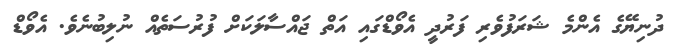
ދުނިޔޭގެ އެންމެ ޝަރަފުވެރި ފަރުދީ އެވޯޑްގައި އަތް ޖައްސާލަކަށް ފުރުސަތެއް ނުލިބުނެވެ. އެވޯޑް